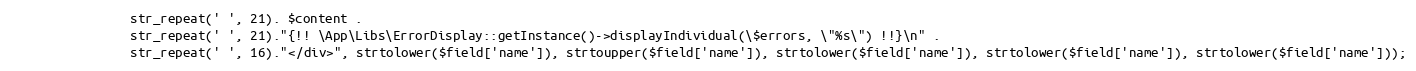
Language: PHP
                str_repeat(' ', 21). $content .
                str_repeat(' ', 21)."{!! \App\Libs\ErrorDisplay::getInstance()->displayIndividual(\$errors, \"%s\") !!}\n" .
                str_repeat(' ', 16)."</div>", strtolower($field['name']), strtoupper($field['name']), strtolower($field['name']), strtolower($field['name']), strtolower($field['name']));